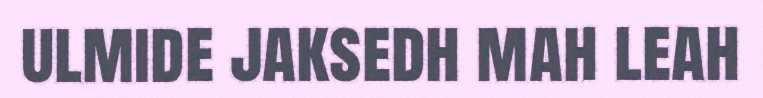
ulmide jaksedh mah leah